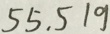
5 5 , 5 1 9